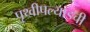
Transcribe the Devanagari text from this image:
पृथ्वीपल्याडची